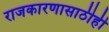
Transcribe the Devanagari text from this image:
राजकारणासाठीही